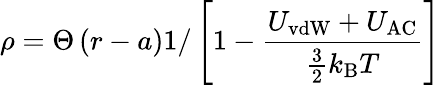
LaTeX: \rho=\Theta\left(r-a\right)1/\left[1-\frac{U_{\mathrm{vdW}}+U_{\mathrm{AC}}}{\frac{3}{2}k_{\mathrm{B}}T}\right]